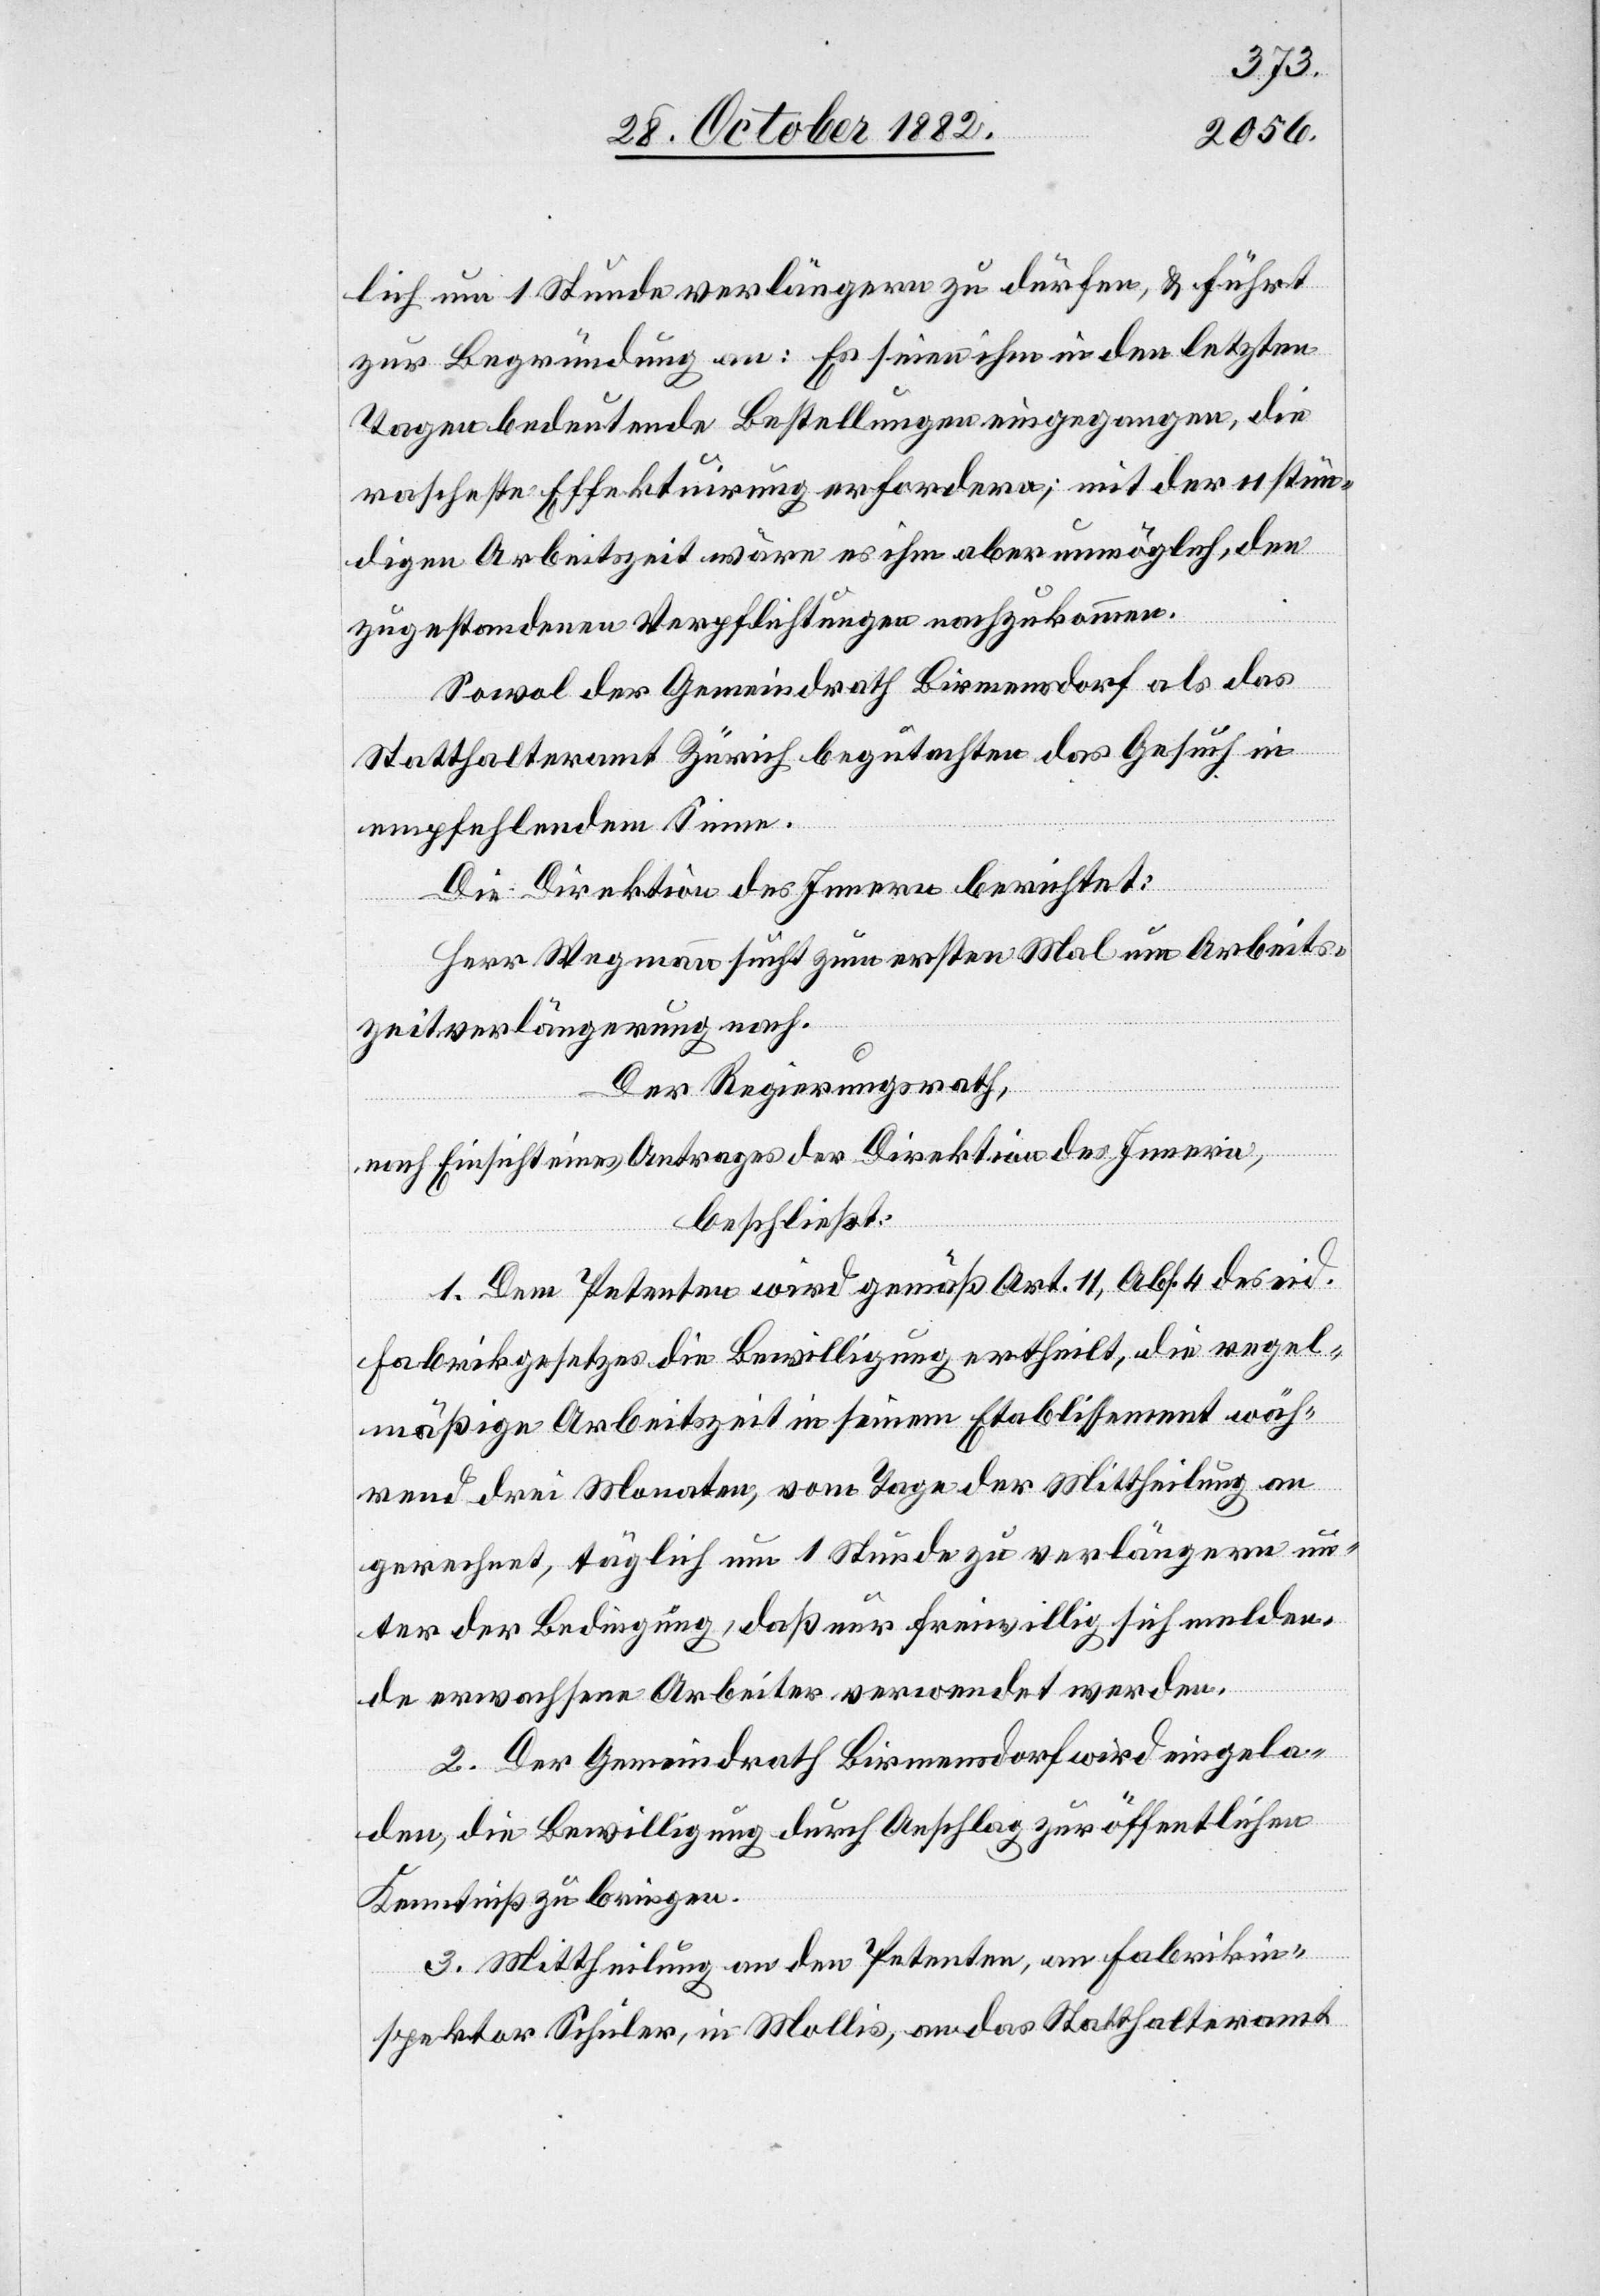
lich um 1 Stunde verlängern zu dürfen, & führt
zur Begründung an: Es seien ihm in den letzten
Tagen bedeutende Bestellungen eingegangen, die
rascheste Effektuirung erfordern; mit der 11 stün¬
digen Arbeitszeit wäre es ihm aber unmöglich, den
zugestandenen Verpflichtungen nachzukommen.
Sowol der Gemeindrath Birmensdorf als das
Statthalteramt Zürich begutachten das Gesuch in
empfehlendem Sinne.
Die Direktion des Innern berichtet:
Herr Wegmann sucht zum ersten Mal um Arbeits¬
zeitverlängerung nach.
Der Regierungsrath,
nach Einsicht eines Antrages der Direktion des Innern,
beschließt:
1. Dem Petenten wird gemäß Art. 11, Abs. 4 des eid.
Fabrikgesetzes die Bewilligung ertheilt, die regel¬
mäßige Arbeitszeit in seinem Etablissement wäh¬
rend drei Monaten, vom Tage der Mittheilung an
gerechnet, täglich um 1 Stunde zu verlängern un¬
ter der Bedingung, daß nur freiwillig sich melden¬
de erwachsene Arbeiter verwendet werden.
2. Der Gemeindrath Birmensdorf wird eingela¬
den, die Bewilligung durch Anschlag zur öffentlichen
Kenntniß zu bringen.
3. Mittheilung an den Petenten, an Fabrikin¬
spektor Schuler, in Mollis, an das Statthalteramt